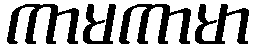
ကာမကာမာ